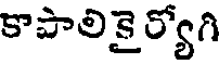
కాపాలికై ర్యోగి